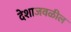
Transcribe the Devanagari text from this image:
देशाजवळील